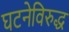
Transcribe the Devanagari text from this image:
घटनेविरुद्ध